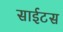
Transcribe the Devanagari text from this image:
साईटस